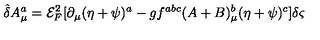
{ \hat { \delta } } A _ { \mu } ^ { a } = { \mathcal { E } } _ { F } ^ { 2 } [ \partial _ { \mu } ( \eta + \psi ) ^ { a } - g f ^ { a b c } ( A + B ) _ { \mu } ^ { b } ( \eta + \psi ) ^ { c } ] \delta \varsigma